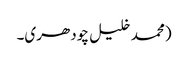
(محمد خلیل چودھری۔